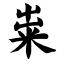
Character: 粜